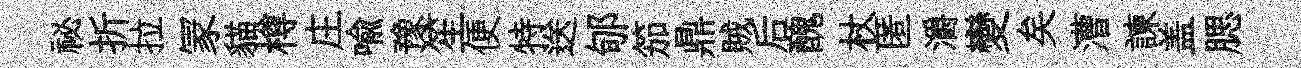
祕折拉冡貓樽庄喩豫笙便特送郇笳鼎賊后醜杖匿灂變矣漕諫盖腮